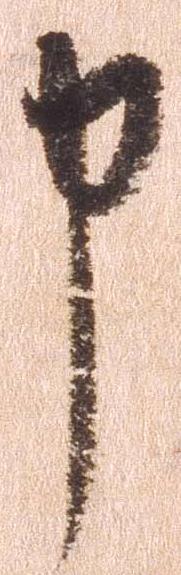
申